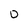
Character: 0